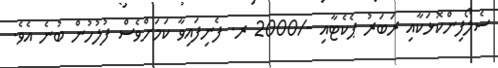
ސެލޯފިންކޮޅަކާއި ރަބަރު ޕެކެޓާއި -/2000 ރ. ފެނިފައިވާ ކަމަށްވެސް ފުލުހުން ބުނެ އެވެ.